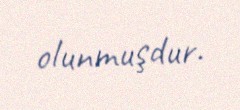
olunmuşdur.